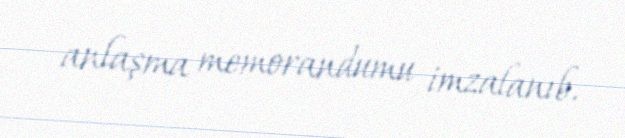
anlaşma memorandumu imzalanıb.